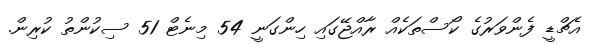
އެޗްޑީ ފެންވަރުގެ ކޯސްތަކެއް ރާއްޖޭގައި ހިންގަނީ 54 މިނެޓް 51 ސިކުންތު ކުރިން.